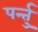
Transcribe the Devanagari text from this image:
पर्न्तु